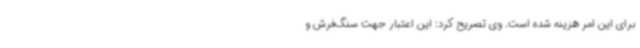
برای این امر هزینه شده است. وی تصریح کرد: این اعتبار جهت سنگ‌فرش و